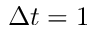
\Delta t = 1